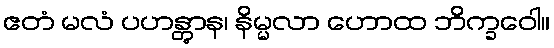
ဧတံ မလံ ပဟန္တွာန၊ နိမ္မလာ ဟောထ ဘိက္ခဝေါ။